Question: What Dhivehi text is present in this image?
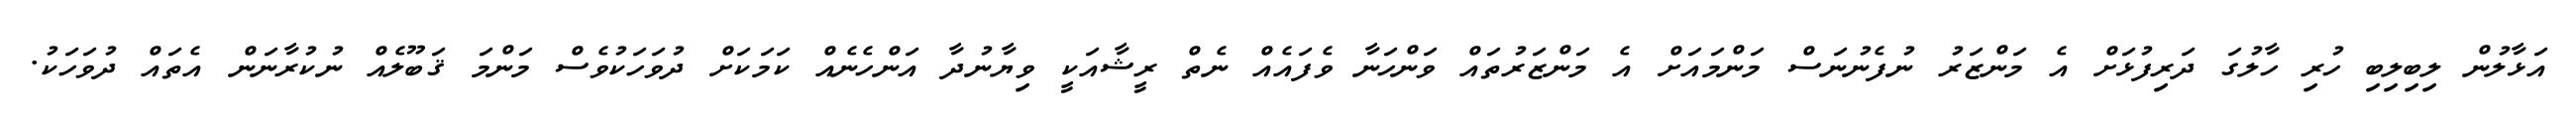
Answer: އަޅާލުން ލިބިލިބި ހުރި ހާލުގަ ދަރިފުޅަށް އެ މަންޒަރު ނުފެނުނަސް މަންމައަށް އެ މަންޒަރުތައް ވަންހަނާ ވެފައެއް ނެތް ރީޝާއަކީ ވިޔާނުދާ އަންހެނެއް ކަމަކަށް ދުވަހަކުވެސް މަންމަ ޤަބޫލެއް ނުކުރާނަން އެތައް ދުވަހަކު.